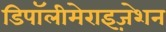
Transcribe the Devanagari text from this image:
डिपॉलीमेराइज़ेशन